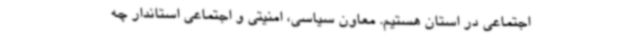
اجتماعی در استان هستیم. معاون سیاسی، امنیتی و اجتماعی استاندار چه